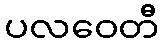
ပလဝေတီ